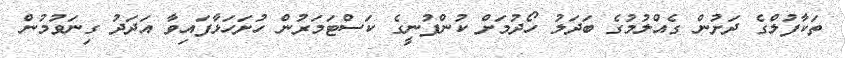
ތަކާފުލްގެ ދަށުން ގެއްލުމުގެ ބަދަލު ހޯދުމަށް ކުންފުނީގެ ކަސްޓަމަރުން ހުށަހަޅާފައިވާ އަދަދު ގިނަވުމުން